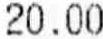
20.00